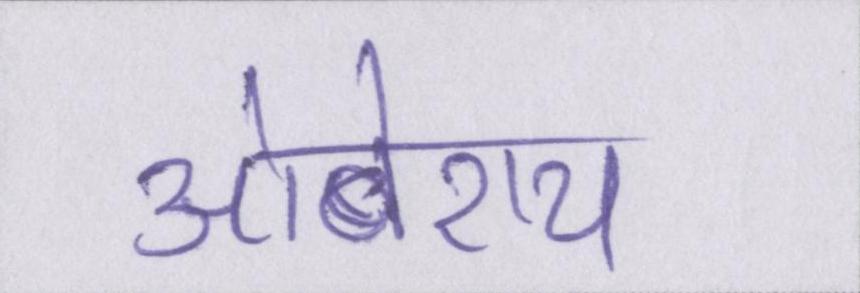
ओबेराय